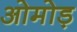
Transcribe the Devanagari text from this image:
ओमोड़